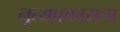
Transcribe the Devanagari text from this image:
नृत्यप्रकाराचा